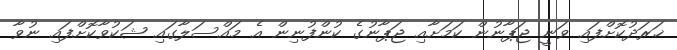
ޚަރަދުކޮށްފައި ވަނީ ޖަޕާނުން ކަމަށާއި ޖަޕާނުގެ ކުންފުނިން އެ މައްސަލާގައި ޝަކުވާކޮށްފައި ނުވާ